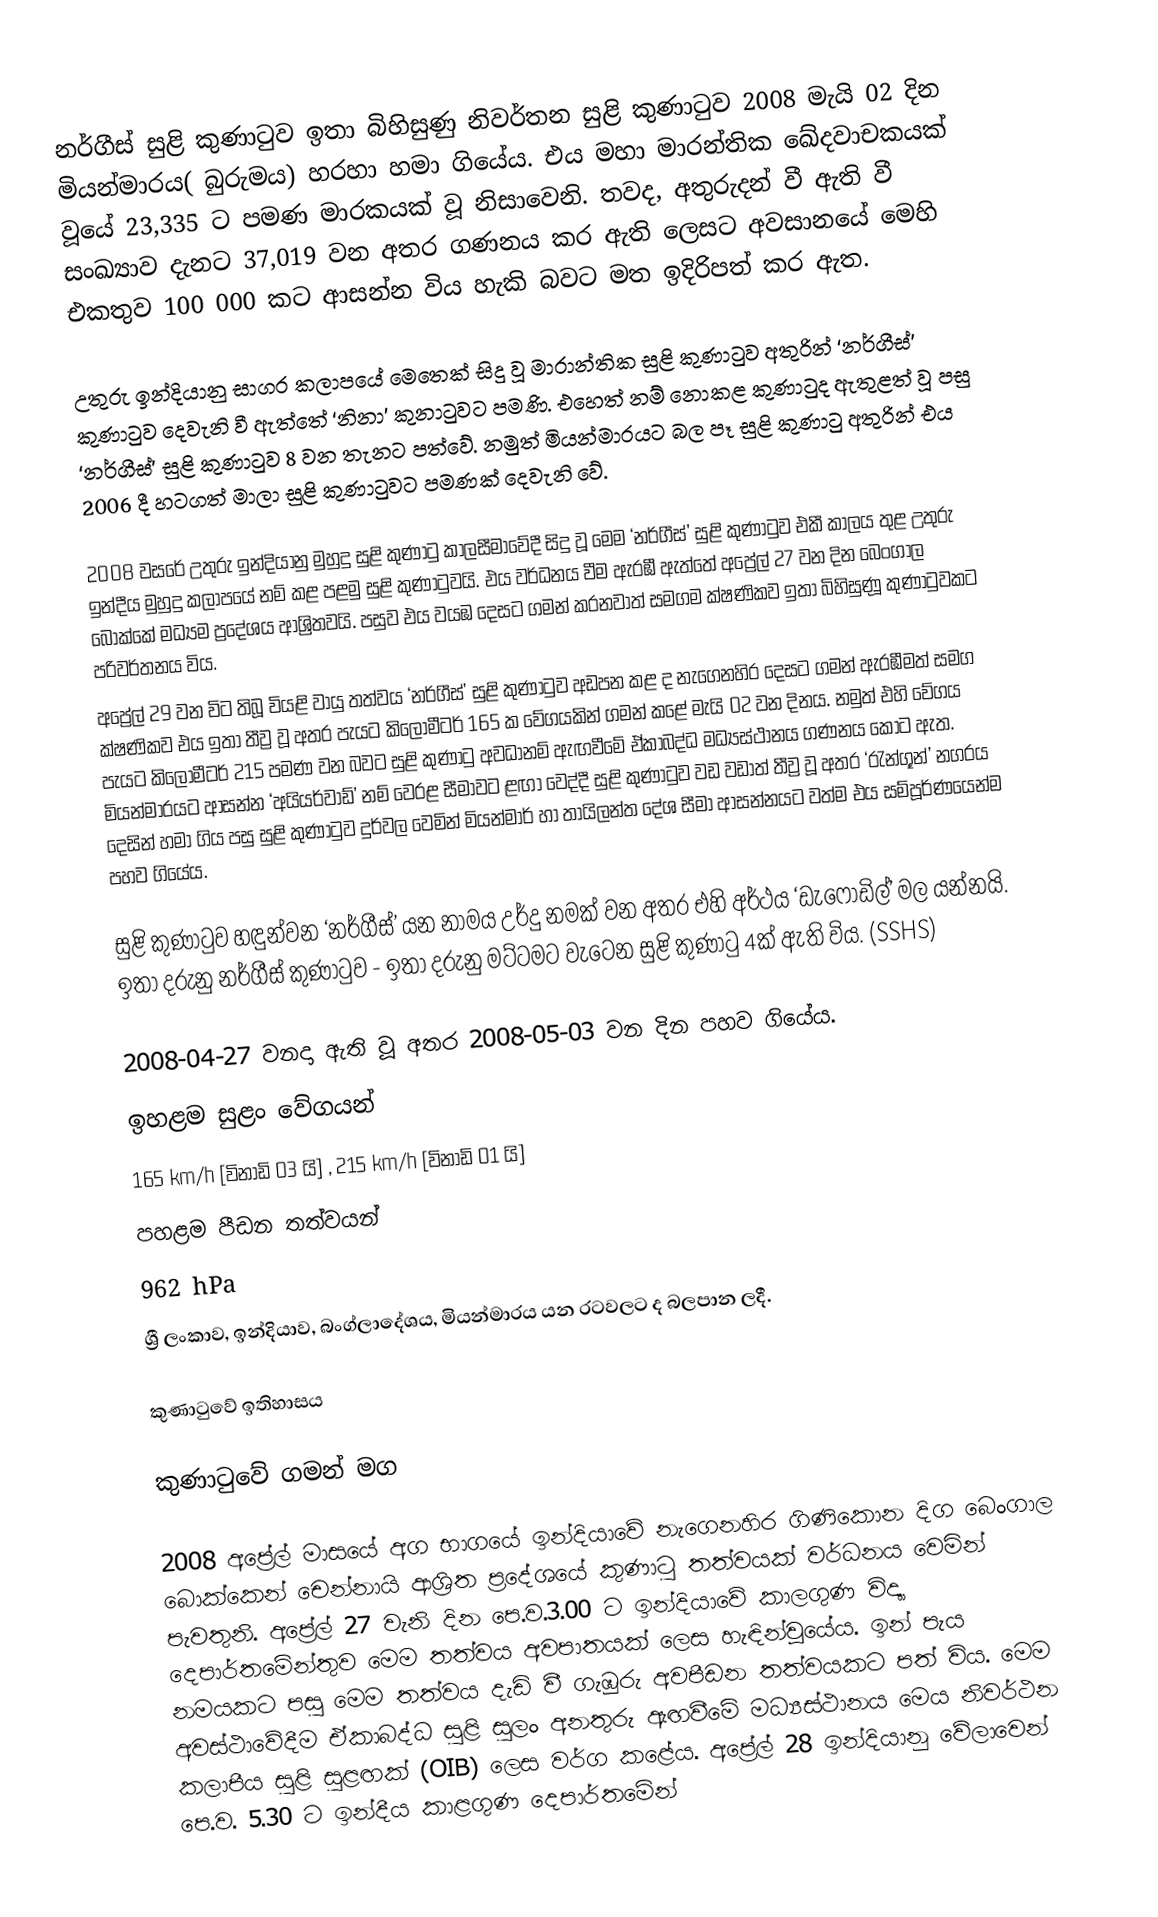
නර්ගීස් සුළි කුණාටුව ඉතා බිහිසුණු නිවර්තන සුළි කුණාටුව 2008 මැයි 02 දින මියන්මාරය( බුරුමය) හරහා හමා ගියේය. එය මහා මාරන්තික ඛේදවාචකයක් වූයේ 23,335 ට පමණ මාරකයක් වූ නිසාවෙනි. තවද, අතුරුදන් වී ඇති වී සංඛ්‍යාව දැනට 37,019 වන අතර ගණනය කර ඇති ලෙස‍ට අවසානයේ මෙහි එකතුව 100 000 කට ආසන්න විය හැකි බවට මත ඉදිරිපත් කර ඇත.

උතුරු ඉන්දියානු සාගර කලාපයේ මෙතෙක් සිදු වූ මාරාන්තික  සුළි කුණාටුව අතුරින් ‘නර්ගීස්’ කුණාටුව දෙවැනි වී ඇත්තේ ‘නිනා’ කුනාටුවට පමණි. එහෙත් නම් නොකළ කුණාටුද ඇතුළත් වූ පසු ‘නර්ගීස්’ සුළි කුණාටුව 8 වන තැනට පත්වේ. නමුත් මියන්මාරයට බල පෑ සුළි කුණාටු අතුරින් එය 2006 දී හටගත් මාලා සුළි කුණාටුවට පමණක් දෙවැනි වේ.

2008 වසරේ උතුරු ඉන්දියානු මුහුදු සුළි කුණාටු කාලසීමාවේදී සිදු වූ මෙම ‘නර්ගීස්’ සුළි කුණාටුව එකී කාලය තුළ උතුරු ඉන්දීය මුහුදු කලාපයේ නම් කළ පළමු සුළි කුණාටුවයි. එය වර්ධනය වීම ඇරඹී ඇත්තේ අප්‍රේල් 27 වන දින බෙංගාල බොක්කේ මධ්‍යම  ප්‍රදේශය ආශ්‍රිතවයි. පසුව එය වයඹ දෙසට ගමන් කරනවාත් සමගම ක්ෂණිකව ඉතා බිහිසුණූ කුණාටුවකට පරිවර්තනය විය.
අප්‍රේල් 29 වන විට තිබූ වියළි වායු තත්වය ‘නර්ගීස්’ සුළි කුණාටුව අඩපන කළ ද නැගෙනහිර දෙසට ගමන් ඇරඹීමත් සමග ක්ෂණිකව එය ඉතා තීව්‍ර වූ අතර පැයට කිලෝමීටර් 165 ක වේගයකින් ගමන් කළේ මැයි 02 වන දිනය. නමුත් එහි වේගය පැයට කිලෝමීටර් 215  පමණ වන බවට සුළි කුණාටු අවධානම් ඇඟවීමේ ඒකාබද්ධ මධ්‍යස්ථානය ගණනය කොට ඇත. මියන්මාරයට ආසන්න ‘අයියර්වාඩ්’ නම් වෙරළ සීමාවට ළඟා වෙද්දී සුළි කුණාටුව වඩ වඩාත් තීව්‍ර වූ අතර ‘රැන්ගූන්’ නගරය දෙසින් හමා ගිය පසු සුළි කුණාටුව දුර්වල වෙමින් මියන්මාර් හා තායිලන්ත දේශ සීමා  ආසන්නයට වත්ම එය සම්පූර්ණයෙන්ම පහව ගියේය.

සුළි කුණාටුව හඳුන්වන ‘නර්ගීස්’ යන නාමය  උර්දු නමක් වන අතර එහි අර්ථය ‘ඩැෆොඩිල්’ මල  යන්නයි. ඉතා දරුනු නර්ගීස් කුණාටුව - ඉතා දරුනු මට්ටමට වැටෙන සුළි කුණාටු 4ක් ඇති විය. (SSHS)

2008-04-27 වනදා ඇති වූ අතර 2008-05-03 වන දින පහව ගියේය.
ඉහළම සුළං වේගයන්
165 km/h [විනාඩි 03 යි] , 215 km/h [විනාඩි 01 යි]
පහළම පීඩන තත්වයන්
962 hPa
ශ්‍රී ලංකාව, ඉන්දියාව, බංග්ලාදේශය, මියන්මාරය යන රටවලට ද බලපාන ලදී.

කුණාටුවේ ඉතිහාසය

කුණාටුවේ ගමන් මග

2008 අප්‍රේල් මාසයේ අග භාගයේ ඉන්දියාවේ නැගෙනහිර ගිණිකොන දිග බෙංගාල බොක්කෙන් චෙන්නායි ආශ්‍රිත ප්‍රදේශයේ කුණාටු තත්වයක් වර්ධනය වෙමින් පැවතුනි. අප්‍රේල් 27 වැනි දින පෙ.ව.3.00 ට ඉන්දියාවේ කාලගුණ විද්‍යා දෙපාර්තමේන්තුව මෙම තත්වය අවපාතයක් ලෙස හැඳින්වූයේය. ඉන් පැය නමයකට පසු මෙම තත්වය දැඩි වී ගැඹුරු අවපීඩන තත්වයකට පත් විය. මෙම අවස්ථාවේදීම ඒකාබද්ධ සුළි සුලං අනතුරු ඇඟවීමේ මධ්‍යස්ථානය මෙය නිවර්ථන කලාපීය සුළි සුළඟක් (OIB) ලෙස වර්ග කළේය. අප්‍රේල් 28 ඉන්දියානු වේලාවෙන් පෙ.ව. 5.30 ට ඉන්දීය කාළගුණ දෙපාර්තමේන්